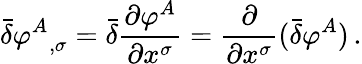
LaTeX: {\bar{\delta}}{\varphi^{A}}_{,\sigma}={\bar{\delta}}{\frac{\partial\varphi^{A}}{\partial x^{\sigma}}}={\frac{\partial}{\partial x^{\sigma}}}({\bar{\delta}}\varphi^{A})\, .